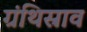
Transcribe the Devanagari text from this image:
ग्रंथिस्राव